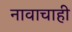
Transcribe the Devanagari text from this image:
नावाचाही